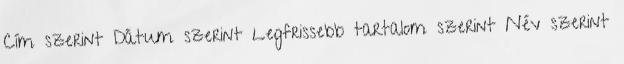
Cím szerint Dátum szerint Legfrissebb tartalom szerint Név szerint